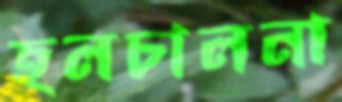
হলচালনা